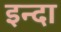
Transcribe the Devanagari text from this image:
इन्दा